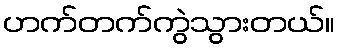
ဟက်တက်ကွဲသွားတယ်။